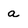
Character: a